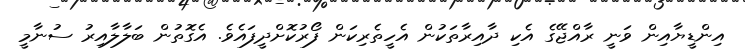
އިންޑީޔާއިން ވަނީ ރާއްޖޭގެ އެކި ދާއިރާތަކުން އެހީތެރިކަން ފޯރުކޮށްދީފައެވެ. އެގޮތުން ބަލާލާއިރު ސުނާމީ